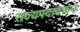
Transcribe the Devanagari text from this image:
राज्यपदावरून